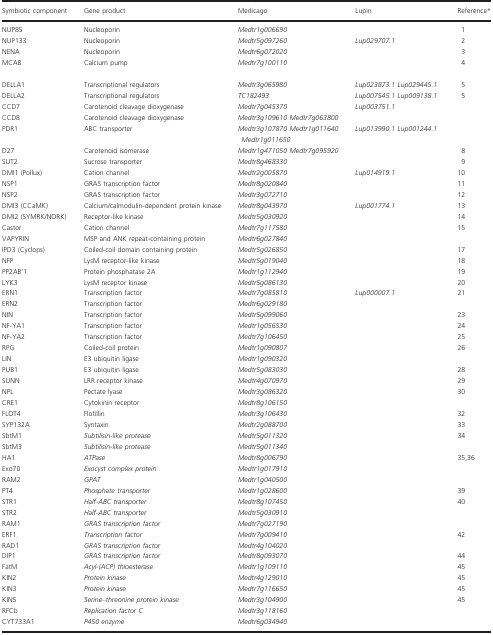
<table><thead><tr><td><b>Symbiotic component</b></td><td><b>Gene product</b></td><td><b>Medicago</b></td><td><b>Lupin</b></td><td><b>Referencea</b></td></tr></thead><tbody><tr><td>NUP85</td><td>Nucleoporin</td><td><i>Medtr1g006690</i></td><td>[EMPTY_CELL]</td><td>1</td></tr><tr><td>NUP133</td><td>Nucleoporin</td><td><i>Medtr5g097260</i></td><td><i>Lup029707.1</i></td><td>2</td></tr><tr><td>NENA</td><td>Nucleoporin</td><td><i>Medtr6g072020</i></td><td>[EMPTY_CELL]</td><td>3</td></tr><tr><td>MCA8</td><td>Calcium pump</td><td><i>Medtr7g100110</i></td><td>[EMPTY_CELL]</td><td>4</td></tr><tr><td>DELLA1</td><td>Transcriptional regulators</td><td><i>Medtr3g065980</i></td><td><i>Lup023873.1 Lup029445.1</i></td><td>5</td></tr><tr><td>DELLA2</td><td>Transcriptional regulators</td><td><i>TC182493</i></td><td><i>Lup007545.1 Lup009138.1</i></td><td>5</td></tr><tr><td>CCD7</td><td>Carotenoid cleavage dioxygenase</td><td><i>Medtr7g045370</i></td><td><i>Lup003751.1</i></td><td>[EMPTY_CELL]</td></tr><tr><td>CCD8</td><td>Carotenoid cleavage dioxygenase</td><td><i>Medtr3g109610 Medtr7g063800</i></td><td>[EMPTY_CELL]</td><td>[EMPTY_CELL]</td></tr><tr><td>PDR1</td><td>ABC transporter</td><td><i>Medtr3g107870 Medtr1g011640 Medtr1g011650</i></td><td><i>Lup013990.1 Lup001244.1</i></td><td>[EMPTY_CELL]</td></tr><tr><td>D27</td><td>Carotenoid isomerase</td><td><i>Medtr1g471050 Medtr7g095920</i></td><td>[EMPTY_CELL]</td><td>8</td></tr><tr><td>SUT2</td><td>Sucrose transporter</td><td><i>Medtr8g468330</i></td><td>[EMPTY_CELL]</td><td>9</td></tr><tr><td>DMI1 (Pollux)</td><td>Cation channel</td><td><i>Medtr2g005870</i></td><td><i>Lup014919.1</i></td><td>10</td></tr><tr><td>NSP1</td><td>GRAS transcription factor</td><td><i>Medtr8g020840</i></td><td>[EMPTY_CELL]</td><td>11</td></tr><tr><td>NSP2</td><td>GRAS transcription factor</td><td><i>Medtr3g072710</i></td><td>[EMPTY_CELL]</td><td>12</td></tr><tr><td>DMI3 (CCaMK)</td><td>Calcium/calmodulin‐dependent protein kinase</td><td><i>Medtr8g043970</i></td><td><i>Lup001774.1</i></td><td>13</td></tr><tr><td>DMI2 (SYMRK/NORK)</td><td>Receptor‐like kinase</td><td><i>Medtr5g030920</i></td><td>[EMPTY_CELL]</td><td>14</td></tr><tr><td>Castor</td><td>Cation channel</td><td><i>Medtr7g117580</i></td><td>[EMPTY_CELL]</td><td>15</td></tr><tr><td>VAPYRIN</td><td>MSP and ANK repeat‐containing protein</td><td><i>Medtr6g027840</i></td><td>[EMPTY_CELL]</td><td>[EMPTY_CELL]</td></tr><tr><td>IPD3 (Cyclops)</td><td>Coiled‐coil domain containing protein</td><td><i>Medtr5g026850</i></td><td>[EMPTY_CELL]</td><td>17</td></tr><tr><td>NFP</td><td>LysM receptor‐like kinase</td><td><i>Medtr5g019040</i></td><td>[EMPTY_CELL]</td><td>18</td></tr><tr><td>PP2AB'1</td><td>Protein phosphatase 2A</td><td><i>Medtr1g112940</i></td><td>[EMPTY_CELL]</td><td>19</td></tr><tr><td>LYK3</td><td>LysM receptor kinase</td><td><i>Medtr5g086130</i></td><td>[EMPTY_CELL]</td><td>20</td></tr><tr><td>ERN1</td><td>Transcription factor</td><td><i>Medtr7g085810</i></td><td><i>Lup000007.1</i></td><td>21</td></tr><tr><td>ERN2</td><td>Transcription factor</td><td><i>Medtr6g029180</i></td><td>[EMPTY_CELL]</td><td>[EMPTY_CELL]</td></tr><tr><td>NIN</td><td>Transcription factor</td><td><i>Medtr5g099060</i></td><td>[EMPTY_CELL]</td><td>23</td></tr><tr><td>NF‐YA1</td><td>Transcription factor</td><td><i>Medtr1g056530</i></td><td>[EMPTY_CELL]</td><td>24</td></tr><tr><td>NF‐YA2</td><td>Transcription factor</td><td><i>Medtr7g106450</i></td><td>[EMPTY_CELL]</td><td>25</td></tr><tr><td>RPG</td><td>Coiled‐coil protein</td><td><i>Medtr1g090807</i></td><td>[EMPTY_CELL]</td><td>26</td></tr><tr><td>LIN</td><td>E3 ubiquitin ligase</td><td><i>Medtr1g090320</i></td><td>[EMPTY_CELL]</td><td>[EMPTY_CELL]</td></tr><tr><td>PUB1</td><td>E3 ubiquitin ligase</td><td><i>Medtr5g083030</i></td><td>[EMPTY_CELL]</td><td>28</td></tr><tr><td>SUNN</td><td>LRR receptor kinase</td><td><i>Medtr4g070970</i></td><td>[EMPTY_CELL]</td><td>29</td></tr><tr><td>NPL</td><td>Pectate lyase</td><td><i>Medtr3g086320</i></td><td>[EMPTY_CELL]</td><td>30</td></tr><tr><td>CRE1</td><td>Cytokinin receptor</td><td><i>Medtr8g106150</i></td><td>[EMPTY_CELL]</td><td>[EMPTY_CELL]</td></tr><tr><td>FLOT4</td><td>Flotillin</td><td><i>Medtr3g106430</i></td><td>[EMPTY_CELL]</td><td>32</td></tr><tr><td>SYP132A</td><td>Syntaxin</td><td><i>Medtr2g088700</i></td><td>[EMPTY_CELL]</td><td>33</td></tr><tr><td>SbtM1</td><td><i>Subtilisin‐like protease</i></td><td><i>Medtr5g011320</i></td><td>[EMPTY_CELL]</td><td>34</td></tr><tr><td>SbtM3</td><td><i>Subtilisin‐like protease</i></td><td><i>Medtr5g011340</i></td><td>[EMPTY_CELL]</td><td>[EMPTY_CELL]</td></tr><tr><td>HA1</td><td><i>ATPase</i></td><td><i>Medtr8g006790</i></td><td>[EMPTY_CELL]</td><td>35,36</td></tr><tr><td>Exo70</td><td><i>Exocyst complex protein</i></td><td><i>Medtr1g017910</i></td><td>[EMPTY_CELL]</td><td>[EMPTY_CELL]</td></tr><tr><td>RAM2</td><td><i>GPAT</i></td><td><i>Medtr1g040500</i></td><td>[EMPTY_CELL]</td><td>[EMPTY_CELL]</td></tr><tr><td>PT4</td><td><i>Phosphate transporter</i></td><td><i>Medtr1g028600</i></td><td>[EMPTY_CELL]</td><td>39</td></tr><tr><td>STR1</td><td><i>Half‐ABC transporter</i></td><td><i>Medtr8g107450</i></td><td>[EMPTY_CELL]</td><td>40</td></tr><tr><td>STR2</td><td><i>Half‐ABC transporter</i></td><td><i>Medtr5g030910</i></td><td>[EMPTY_CELL]</td><td>[EMPTY_CELL]</td></tr><tr><td>RAM1</td><td><i>GRAS transcription factor</i></td><td><i>Medtr7g027190</i></td><td>[EMPTY_CELL]</td><td>[EMPTY_CELL]</td></tr><tr><td>ERF1</td><td><i>Transcription factor</i></td><td><i>Medtr7g009410</i></td><td>[EMPTY_CELL]</td><td>42</td></tr><tr><td>RAD1</td><td><i>GRAS transcription factor</i></td><td><i>Medtr4g104020</i></td><td>[EMPTY_CELL]</td><td>[EMPTY_CELL]</td></tr><tr><td>DIP1</td><td><i>GRAS transcription factor</i></td><td><i>Medtr8g093070</i></td><td>[EMPTY_CELL]</td><td>44</td></tr><tr><td>FatM</td><td><i>Acyl‐(ACP) thioesterase</i></td><td><i>Medtr1g109110</i></td><td>[EMPTY_CELL]</td><td>45</td></tr><tr><td>KIN2</td><td><i>Protein kinase</i></td><td><i>Medtr4g129010</i></td><td>[EMPTY_CELL]</td><td>45</td></tr><tr><td>KIN3</td><td><i>Protein kinase</i></td><td><i>Medtr7g116650</i></td><td>[EMPTY_CELL]</td><td>45</td></tr><tr><td>KIN5</td><td><i>Serine–threonine protein kinase</i></td><td><i>Medtr3g104900</i></td><td>[EMPTY_CELL]</td><td>45</td></tr><tr><td>RFCb</td><td><i>Replication factor C</i></td><td><i>Medtr3g118160</i></td><td>[EMPTY_CELL]</td><td>[EMPTY_CELL]</td></tr><tr><td>CYT733A1</td><td><i>P450 enzyme</i></td><td><i>Medtr6g034940</i></td><td>[EMPTY_CELL]</td><td>[EMPTY_CELL]</td></tr></tbody></table>